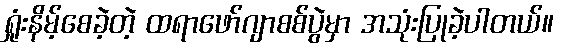
ရှုံးနိမ့်စေခဲ့တဲ့ ထရာဖော်ဂျာစစ်ပွဲမှာ အသုံးပြုခဲ့ပါတယ်။